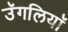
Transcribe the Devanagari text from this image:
उॅगलियाॅ